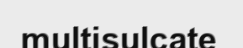
multisulcate